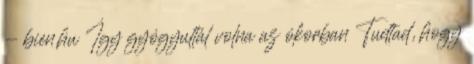
- bien.hu Így gyógyultál volna az ókorban Tudtad, hogy